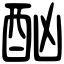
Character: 酗